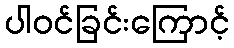
ပါဝင်ခြင်းကြောင့်